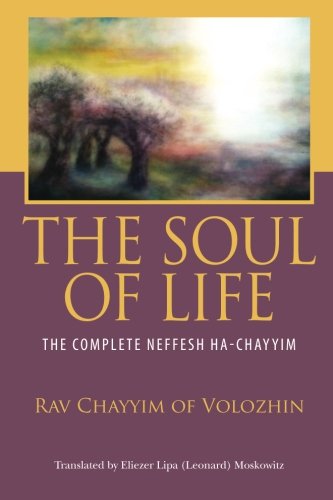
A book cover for The Soul of Life: The Complete Neffesh Ha-chayyim; Rav Chayyim of Volozhin; Religion & Spirituality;